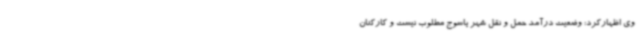
وی اظهارکرد: وضعیت درآمد حمل و نقل شهر یاسوج مطلوب نیست و کارکنان